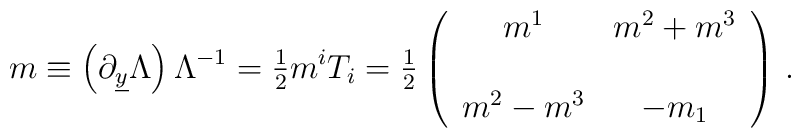
m \equiv \left(\partial_{\underline{y}}\Lambda   \right) \Lambda^{-1}= {\textstyle\frac{1}{2}}m^{i}T_{i} ={\textstyle\frac{1}{2}}\left(\begin{array}{cc}m^{1}       & m^{2}+m^{3} \\& \\m^{2}-m^{3} &  -m_{1}     \\\end{array}\right)\, .